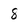
Character: 8